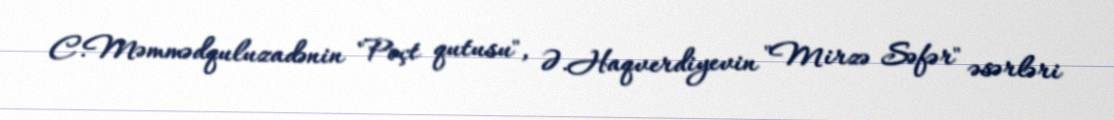
C.Məmmədquluzadənin "Poçt qutusu", Ə.Haqverdiyevin "Mirzə Səfər" əsərləri